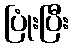
ပြုံးပြီး